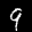
Digit: 9